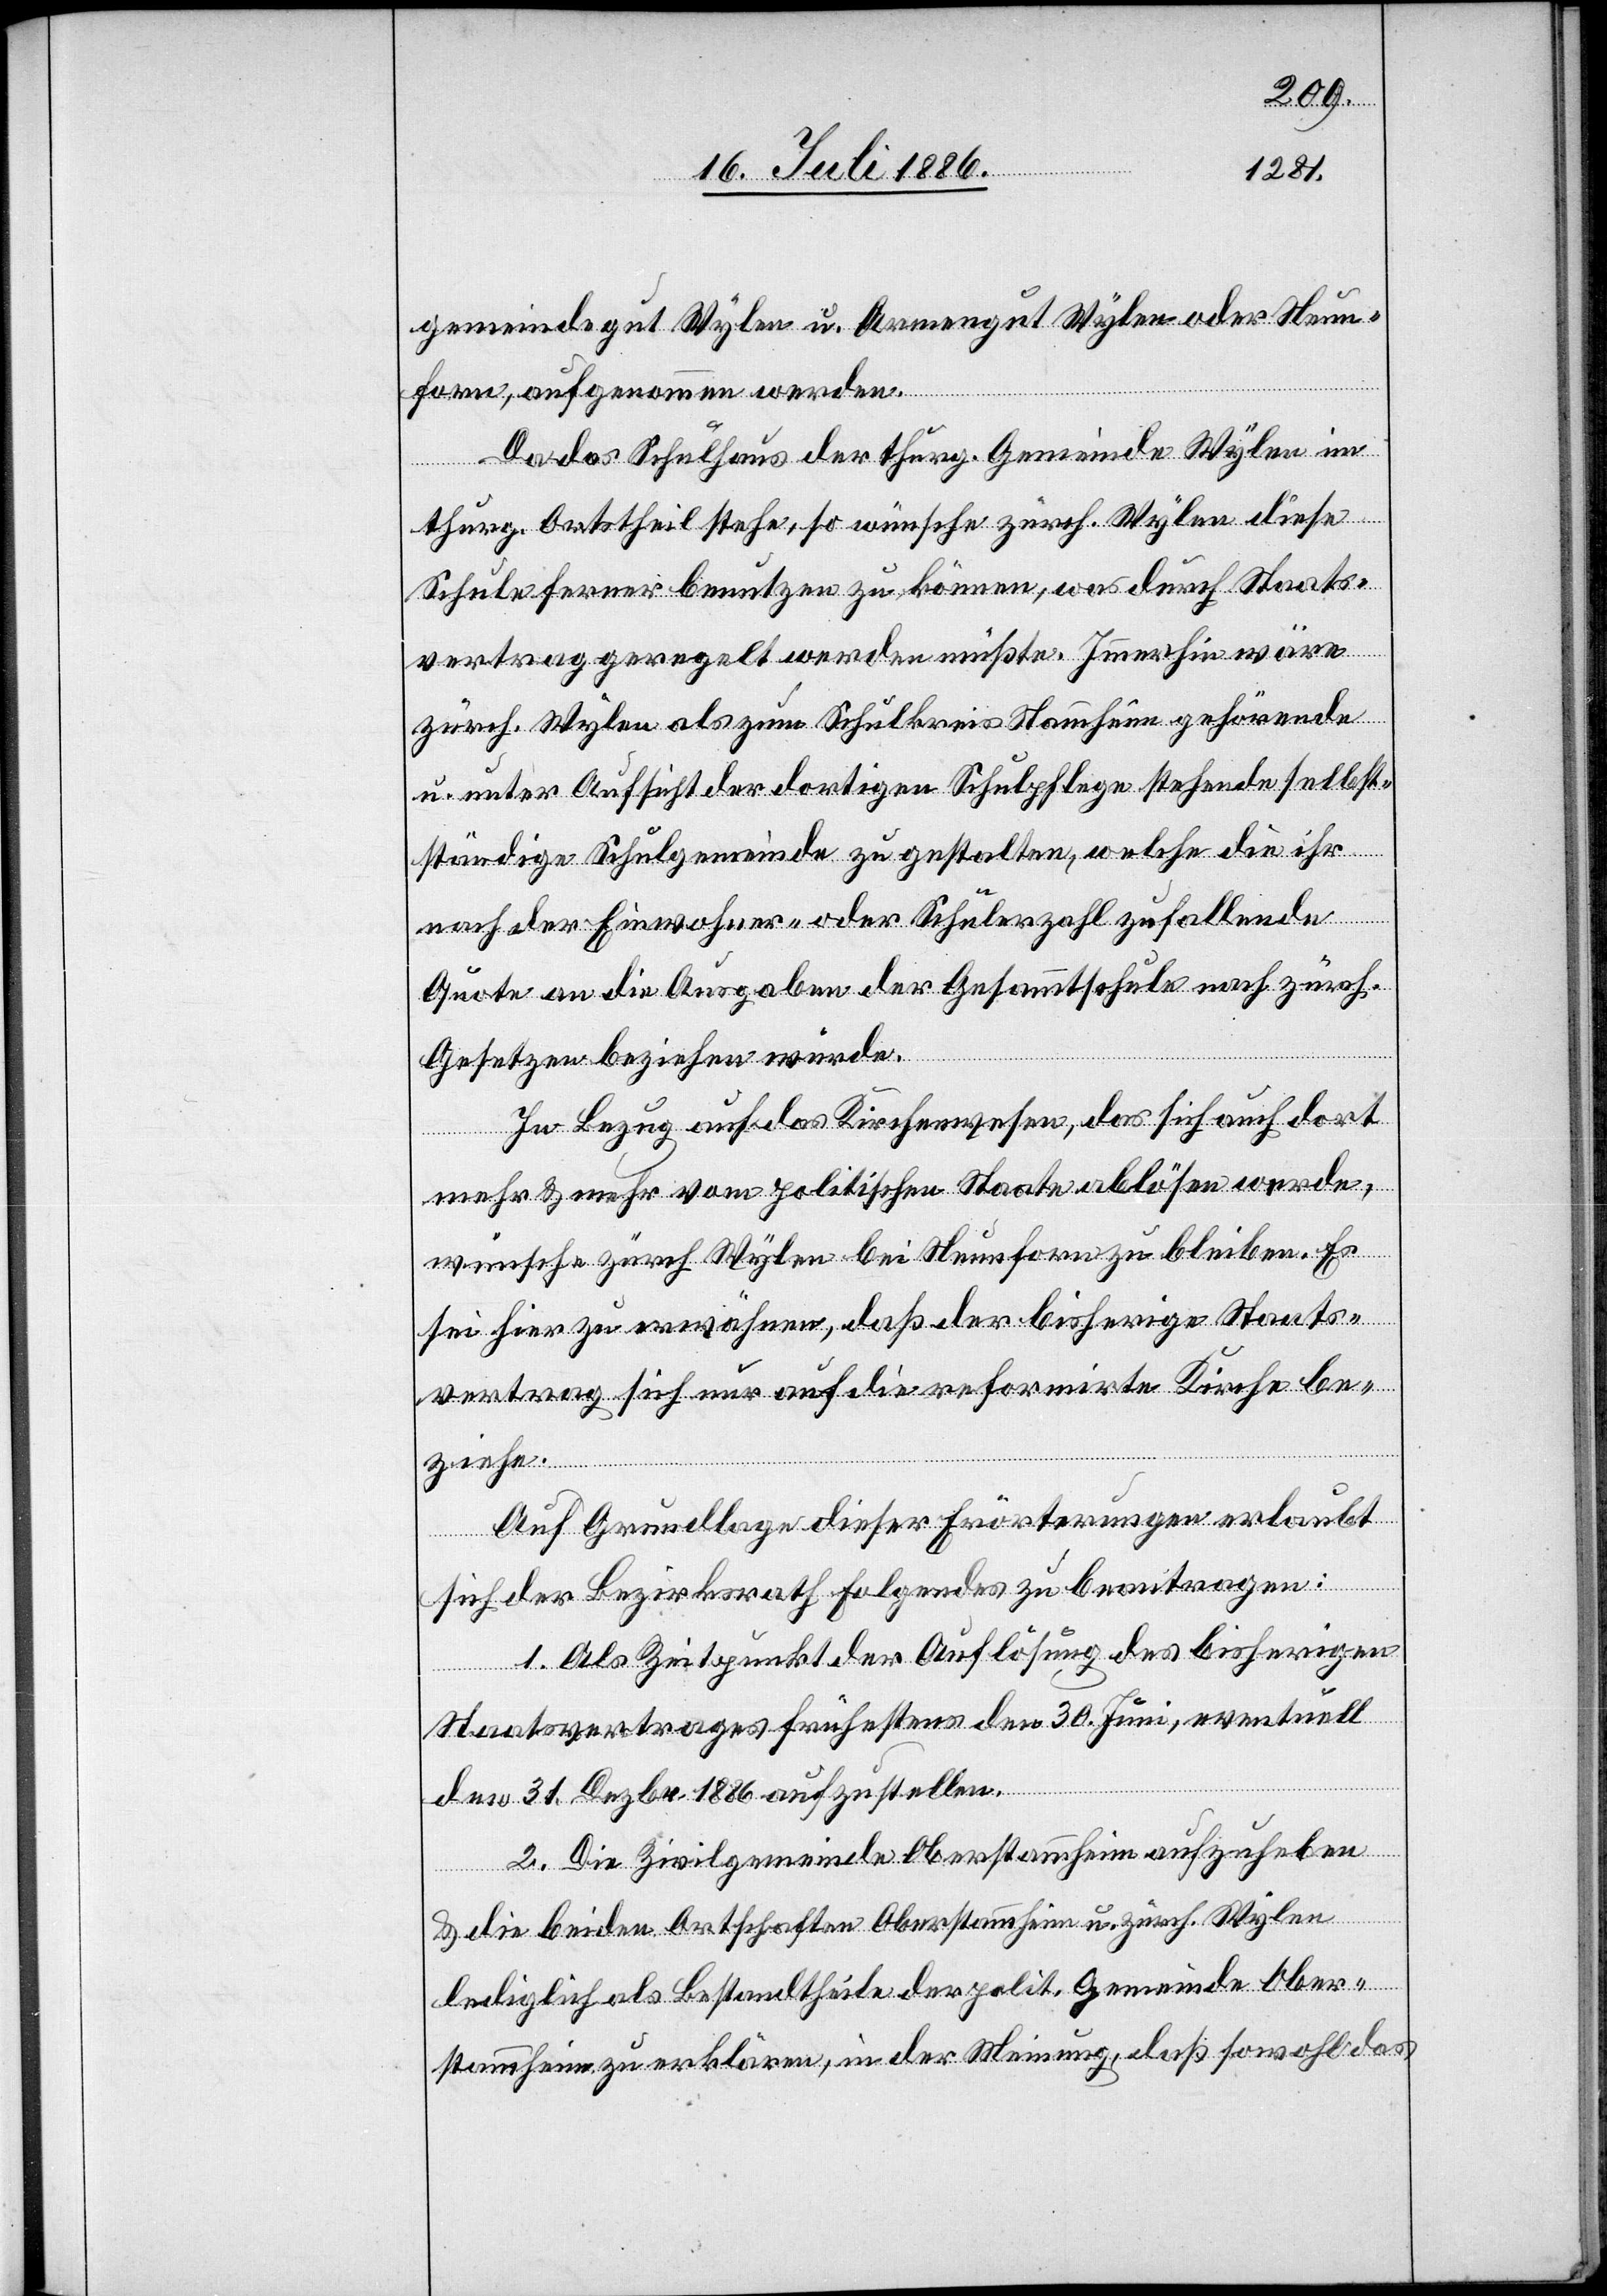
gemeindegut Wylen u. Armengut Wylen oder Neun¬
forn, aufgenommen werden.
Da das Schulhaus der thurg. Gemeinde Wylen im
thurg. Ortstheil stehe, so wünsche zürch. Wylen diese
Schule ferner benutzen zu können, was durch Staats¬
vertrag geregelt werden müßte. Immerhin wäre
zürch. Wylen als zum Schulkreis Stammheim gehörende
u. unter Aufsicht der dortigen Schulpflege stehende selbst¬
ständige Schulgemeinde zu gestalten, welche die ihr
nach der Einwohner- oder Schülerzahl zufallende
Quote an die Ausgaben der Gesammtschule nach zürch.
Gesetzes beziehen würde.
In Bezug auf das Kirchenwesen, das sich auch dort
mehr & mehr vom politischen Staate ablösen werde,
wünsche zürch. Wylen bei Neunforn zu bleiben. Es
sei hier zu erwähnen, daß der bisherige Staats¬
vertrag sich nur auf die reformirte Kirche be¬
ziehe.
Auf Grundlage dieser Erörterung erlaubt
sich der Bezirksrath Folgendes zu beantragen:
1. Als Zeitpunkt der Auflösung des bisherigen
Staatsvertrages frühestens den 30. Juni, eventuell
den 31. Dezbr. 1886 aufzustellen.
2. Die Zivilgemeinde Oberstammheim aufzuheben
& die beiden Ortschaften Oberstammheim u. zürch. Wylen
lediglich als Bestandtheile der polit. Gemeinde Ober¬
stammheim zu erklären, in der Meinung, daß sowohl das